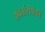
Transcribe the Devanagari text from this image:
अवतांरांपैकीं